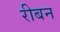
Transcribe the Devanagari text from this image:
रीबन